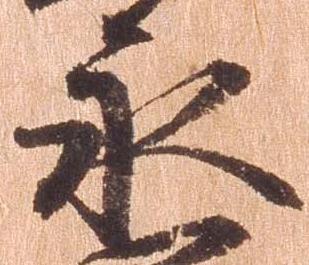
永